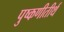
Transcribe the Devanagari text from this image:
पुष्कणीतीर्थ